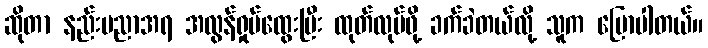
ဆိုတာ နည်းပညာအရ အလွန်ရှုပ်ထွေးပြီး ထုတ်လုပ်ဖို့ ခက်ခဲတယ်လို့ သူက ပြောပါတယ်။